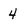
Character: 4